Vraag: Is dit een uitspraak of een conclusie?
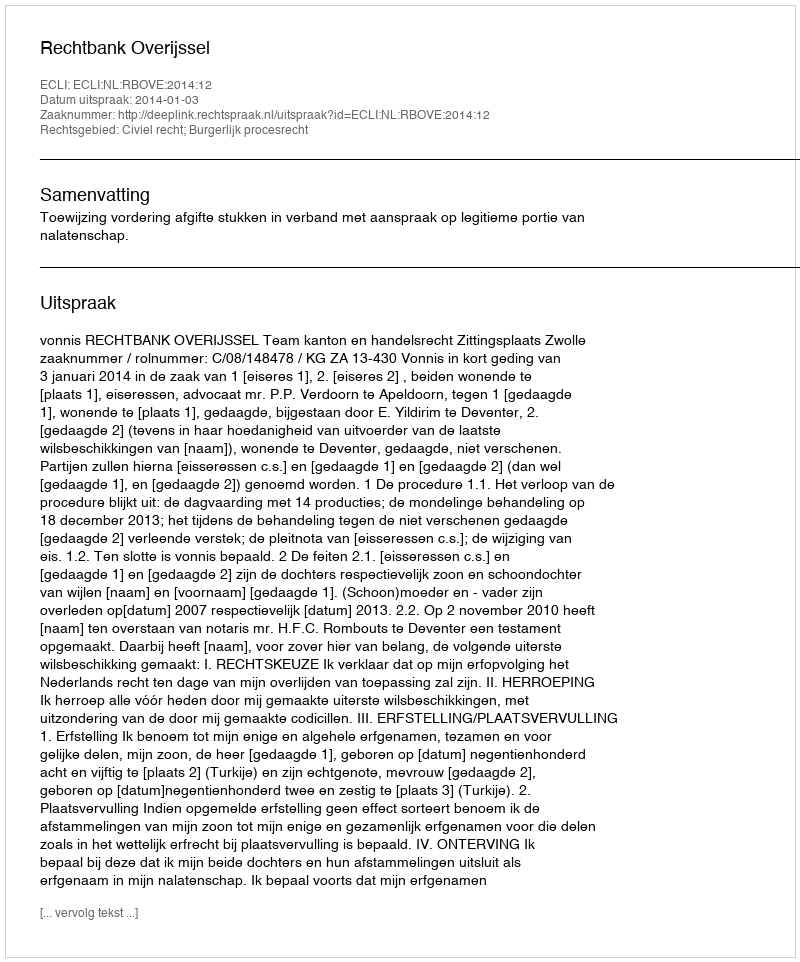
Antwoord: Uitspraak